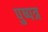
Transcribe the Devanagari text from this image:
पुष्पत्र